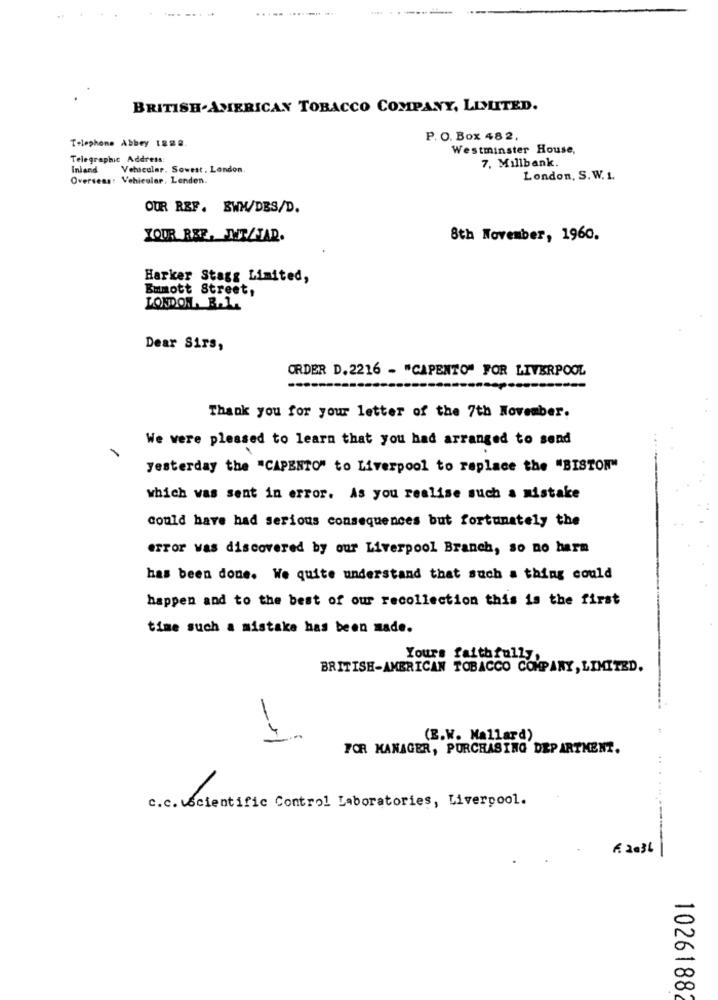
BRITISH.AMERICAN TOBACCO COMPANY, LISUITED.
P. O. Box 482.
Telephone Abbey 1828.
Westminster House,
Telegraphic Address:
7. Millbank.
Inland
Vehicular. Sowest , London,
Overseas: Vehicular. Lenden.
London, S. W. 1.
OUR REF. BWM/DES/D.
JOUR REE, TUT/TAR.
8th November, 1960.
Harker Stagg Limited,
Emmott Street,
LONDON. B.1.
Dear Sirs,
ORDER D.2216 - "CAPENTO" FOR LIVERPOOL
Thank you for your letter of the 7th November.
We were pleased to learn that you had arranged to send
yesterday the "CAPENTO" to Liverpool to replace the "BISTON"
which was sent in error. As you realise such a mistake
could have had serious consequences but fortunately the
error was discovered by our Liverpool Branch, so no harm
has been done. We quite understand that such a thing could
happen and to the best of our recollection this is the first
time such a mistake has been made.
Yours faithfully,
BRITISH-AMERICAN TOBACCO COMPANY, LIMITED.
-2
(E.W. Mallard)
FOR MANAGER, PURCHASING DEPARTMENT.
c.c. Scientific Control Laboratories, Liverpool.
A. 2036
1026188